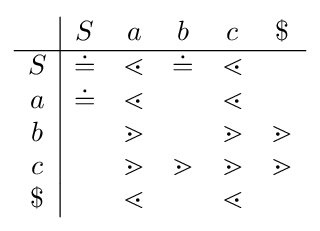
{\begin{array}{c|ccccc}&S&a&b&c&\$\\\hline S&{\dot {=}}&\lessdot &{\dot {=}}&\lessdot &\\a&{\dot {=}}&\lessdot &&\lessdot &\\b&&\gtrdot &&\gtrdot &\gtrdot \\c&&\gtrdot &\gtrdot &\gtrdot &\gtrdot \\\$&&\lessdot &&\lessdot &\end{array}}